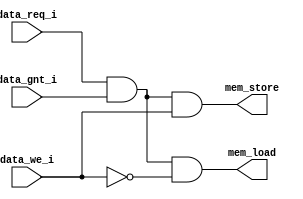
//-----------------------------------------------------------------------------
// Creation time : 12:48:42
// Description   : 
// Tool : Kactus2 3.6.90 64-bit
// Plugin : Verilog generator 2.2
// This file was generated based on IP-XACT component pulp-platform.org:core.logic:csr_logic:1.0
// whose XML file is D:/Data/kactus_test_libraries/pulpinoexperiment/pulp-platform.org/core.logic/csr_logic/1.0/csr_logic.1.0.xml
//-----------------------------------------------------------------------------

module csr_logic(
    // These ports are not in any interface
    input                               data_gnt_i,
    input                               data_req_i,
    input                               data_we_i,
    output                              mem_load,
    output                              mem_store
);

// WARNING: EVERYTHING ON AND ABOVE THIS LINE MAY BE OVERWRITTEN BY KACTUS2!!!

    assign mem_load  = data_req_i & data_gnt_i & (~data_we_i); 
    assign mem_store = data_req_i & data_gnt_i & data_we_i;

endmodule